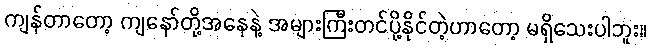
ကျန်တာတော့ ကျနော်တို့အနေနဲ့ အများကြီးတင်ပို့နိုင်တဲ့ဟာတော့ မရှိသေးပါဘူး။